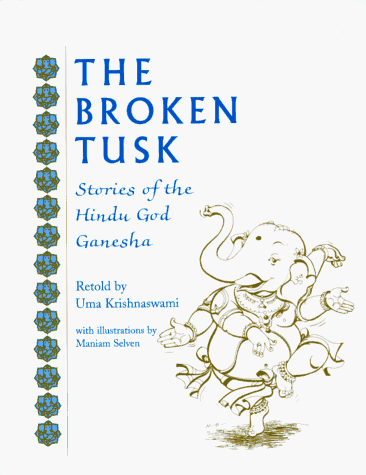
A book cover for The Broken Tusk: Stories of the Hindu God Ganesha; Children's Books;